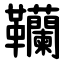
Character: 韊